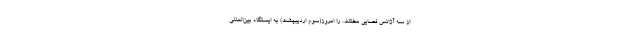
از سه آژانس فضایی مختلف را امروز(سوم اردیبهشت) به ایستگاه بین‌المللی